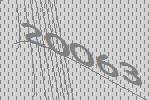
20063